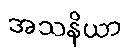
အသနိယာ